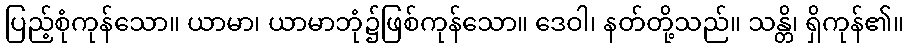
ပြည့်စုံကုန်သော။ ယာမာ၊ ယာမာဘုံ၌ဖြစ်ကုန်သော။ ဒေဝါ၊ နတ်တို့သည်။ သန္တိ၊ ရှိကုန်၏။